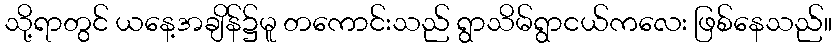
သို့ရာတွင် ယနေ့အချိန်၌မူ တကောင်းသည် ရွာသိမ်ရွာငယ်ကလေး ဖြစ်နေသည်။